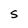
Character: S